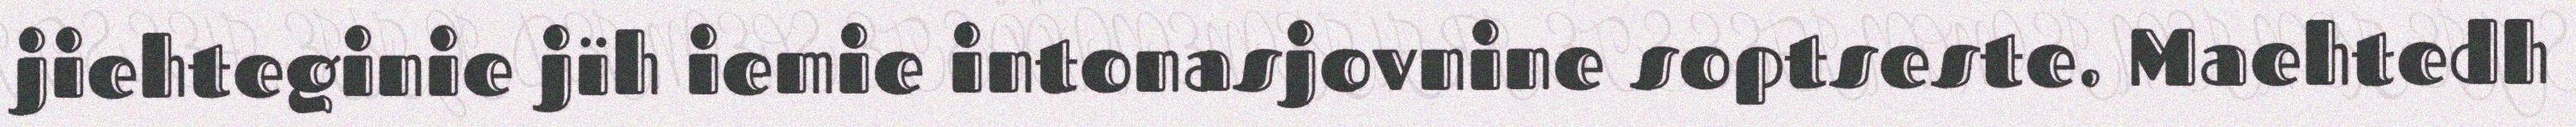
jiehteginie jïh iemie intonasjovnine soptseste. Maehtedh